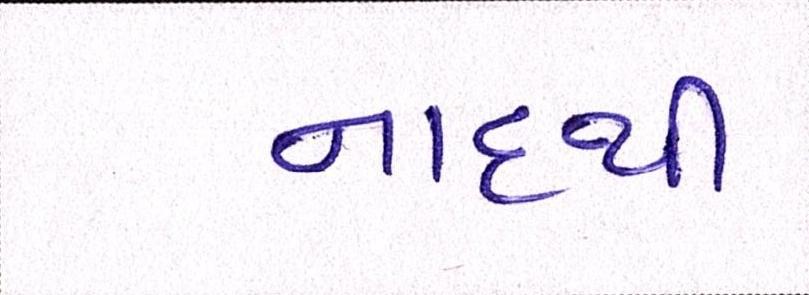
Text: નાદથી